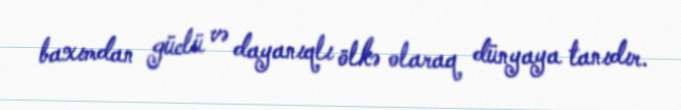
baxımdan güclü və dayanıqlı ölkə olaraq dünyaya tanıdır.